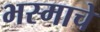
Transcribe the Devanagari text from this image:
भस्माचे